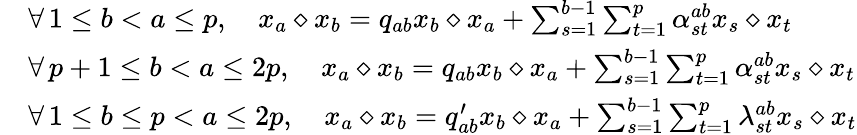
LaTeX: \begin{array}{rl}&{\forall\, 1\leq b<a\leq p,\quad x_{a}\diamond x_{b}=q_{ab}x_{b}\diamond x_{a}+\sum_{s=1}^{b-1}\sum_{t=1}^{p}\alpha_{st}^{ab}x_{s}\diamond x_{t}}\\ &{\forall\, p+1\leq b<a\leq 2p,\quad x_{a}\diamond x_{b}=q_{ab}x_{b}\diamond x_{a}+\sum_{s=1}^{b-1}\sum_{t=1}^{p}\alpha_{st}^{ab}x_{s}\diamond x_{t}}\\ &{\forall\, 1\leq b\leq p<a\leq 2p,\quad x_{a}\diamond x_{b}=q_{ab}^{\prime}x_{b}\diamond x_{a}+\sum_{s=1}^{b-1}\sum_{t=1}^{p}\lambda_{st}^{ab}x_{s}\diamond x_{t}}\end{array}